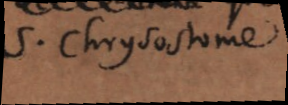
S. Chrysostome